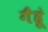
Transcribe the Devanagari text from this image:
गैंहूं